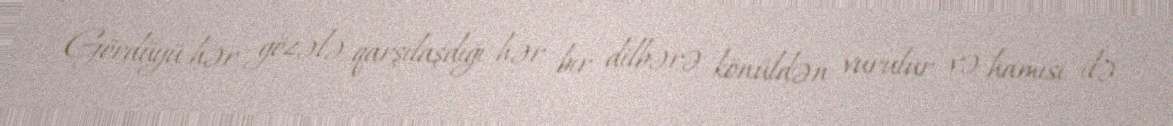
Gördüyü hər gözələ, qarşılaşdığı hər bir dilbərə könüldən vurulur və hamısı ilə